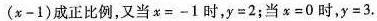
(x-1)成正比例，又当$$x=-1$$时，$$y=2$$；当$$x=0$$时，$$y=3$$.